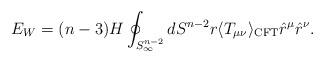
LaTeX: \begin{align*}E_W=(n-3)H\oint_{S_\infty^{n-2}} dS^{n-2}r \langle T_{\mu\nu} \rangle_{\rm CFT}\hat r^\mu \hat r^\nu.\end{align*}